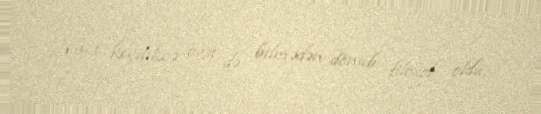
Vaxt keçdikcə özü də bilmədən dönüb filosof oldu.